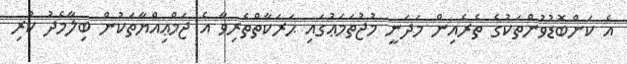
އެ ކަންބޮޑުވުންތަކުގެ ތެރެއިން މަދަނީ މުޖުތަމަޢުގައި ޙަރަކާތްތެރިވާ އެ ޖަމްޢިއްޔާތަކުން ބިލާމެދު ކުރި